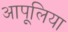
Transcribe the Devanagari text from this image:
आपूलिया